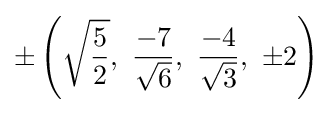
\pm \left({\sqrt {\frac {5}{2}}},\ {\frac {-7}{\sqrt {6}}},\ {\frac {-4}{\sqrt {3}}},\ \pm 2\right)